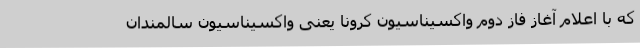
که با اعلام آغاز فاز دوم واکسیناسیون کرونا یعنی واکسیناسیون سالمندان